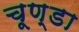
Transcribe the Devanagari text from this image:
चूण्डा